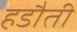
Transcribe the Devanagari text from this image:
हडौती